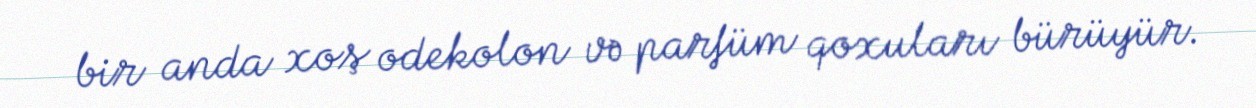
bir anda xoş odekolon və parfüm qoxuları bürüyür.